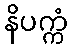
နိပက္ကံ